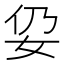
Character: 𱙉